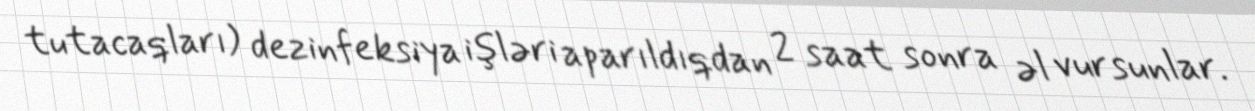
tutacaqları) dezinfeksiya işləri aparıldıqdan 2 saat sonra əl vursunlar.